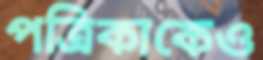
পত্রিকাকেও